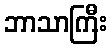
ဘာသာကြီး